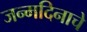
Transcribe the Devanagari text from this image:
जन्‍मदिनाचे